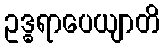
ဥဒ္ဓရာပေယျာတိ